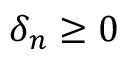
\delta _ { n } \geq 0